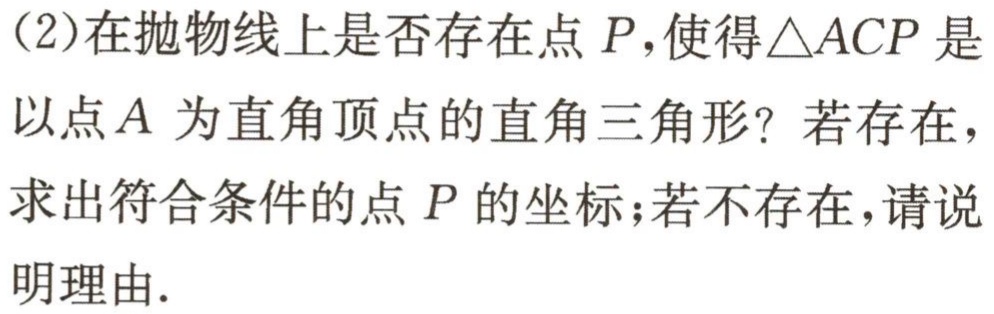
(2)在抛物线上是否存在点 \(P\)，使得\(\triangle ACP\)是以点 \(A\) 为直角顶点的直角三角形？若存在，求出符合条件的点 \(P\) 的坐标；若不存在，请说明理由.